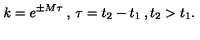
k = e ^ { \pm M \tau } \: , \: \tau = t _ { 2 } - t _ { 1 } \: , t _ { 2 } > t _ { 1 } .